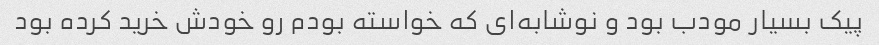
پیک بسیار مودب بود و نوشابه‌ای که خواسته بودم رو خودش خرید کرده بود